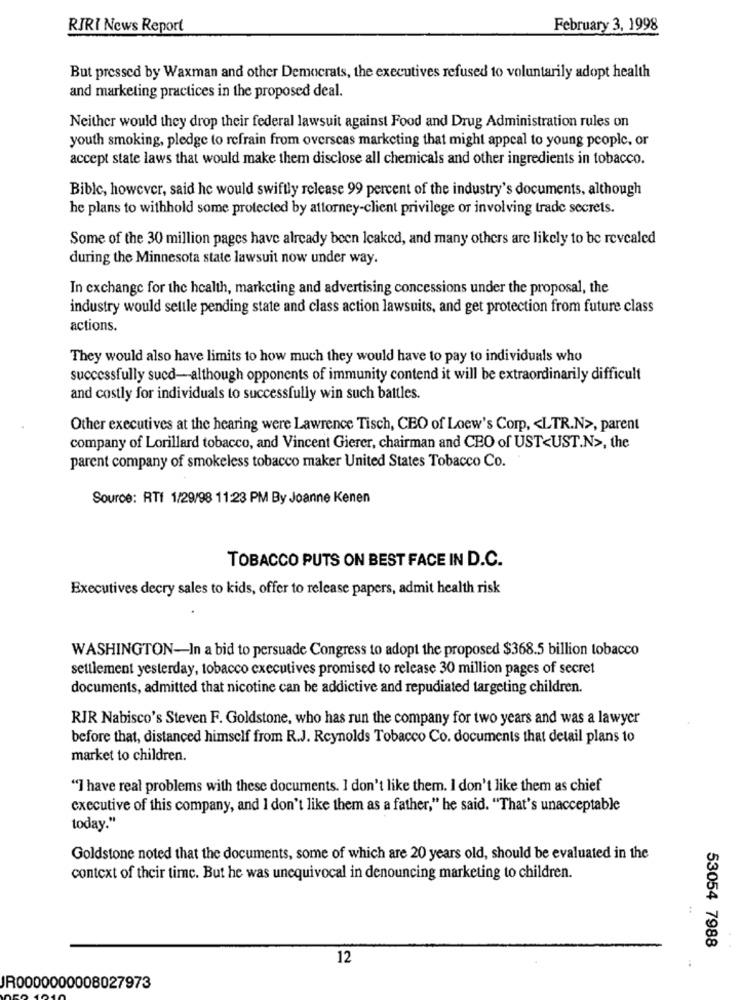
RIRI News Report
February 3, 1998
But pressed by Waxman and other Democrats, the executives refused to voluntarily adopt health
and marketing practices in the proposed deal.
Neither would they drop their federal lawsuit against Food and Drug Administration rules on
youth smoking, pledge to refrain from overseas marketing that might appeal to young people, or
accept state laws that would make them disclose all chemicals and other ingredients in tobacco.
Bible, however, said he would swiftly release 99 percent of the industry's documents, although
he plans to withhold some protected by attorney-client privilege or involving trade secrets.
Some of the 30 million pages have already been leaked, and many others are likely to be revealed
during the Minnesota state lawsuit now under way.
In exchange for the health, marketing and advertising concessions under the proposal, the
industry would settle pending state and class action lawsuits, and get protection from future class
actions.
They would also have limits to how much they would have to pay to individuals who
successfully sucd-although opponents of immunity contend it will be extraordinarily difficult
and costly for individuals to successfully win such battles.
Other executives at the hearing were Lawrence Tisch, CEO of Loew's Corp, < LTR.N>, parent
company of Lorillard tobacco, and Vincent Gierer, chairman and CEO of UST<UST.N>, the
parent company of smokeless tobacco maker United States Tobacco Co.
Source: RTI 1/29/98 11:23 PM By Joanne Kenen
TOBACCO PUTS ON BEST FACE IN D.C.
Executives decry sales to kids, offer to release papers, admit health risk
WASHINGTON-In a bid to persuade Congress to adopt the proposed $368.5 billion tobacco
settlement yesterday, tobacco executives promised to release 30 million pages of secret
documents, admitted that nicotine can be addictive and repudiated targeting children.
RJR Nabisco's Steven F. Goldstone, who has run the company for two years and was a lawyer
before that, distanced himself from R.J. Reynolds Tobacco Co. documents that detail plans to
market to children.
"I have real problems with these documents. I don't like them. I don't like them as chief
executive of this company, and I don't like them as a father," he said. "That's unacceptable
today."
Goldstone noted that the documents, some of which are 20 years old, should be evaluated in the
context of their time. But he was unequivocal in denouncing marketing to children.
53054 7988
12
JR0000000008027973